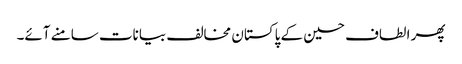
پھر الطاف حسین کے پاکستان مخالف بیانات سامنے آئے۔